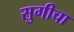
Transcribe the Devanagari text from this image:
सुगीचा